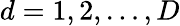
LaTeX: d=1,2,\dots,D